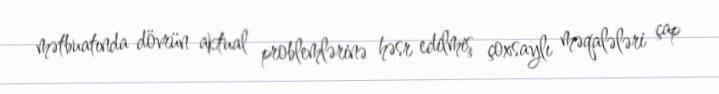
mətbuatında dövrün aktual problemlərinə həsr edilmiş çoxsaylı məqalələri çap